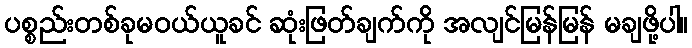
ပစ္စည်းတစ်ခုမဝယ်ယူခင် ဆုံးဖြတ်ချက်ကို အလျင်မြန်မြန် မချဖို့ပါ။